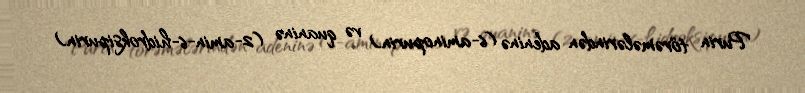
Purin törəmələrindən adeninə (6-aminopurin) və quaninə (2-amin-6-hidroksipurin)